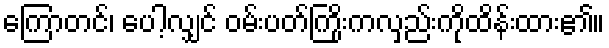
ကြောတင်၊ ပေါ့လျှင် ဝမ်းပတ်ကြိုးကလှည်းကိုထိန်းထား၏။